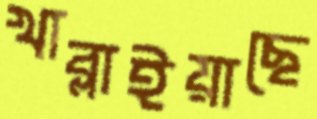
খাব্‌লাইয়াছে